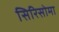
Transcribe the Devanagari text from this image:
सिरिसोमा